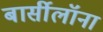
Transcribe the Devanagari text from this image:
बार्सीलॉना